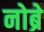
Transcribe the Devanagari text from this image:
नोब्रे